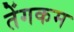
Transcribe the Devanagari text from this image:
तेंगकम